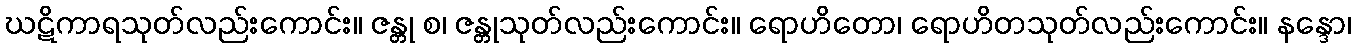
ဃဋိကာရသုတ်လည်းကောင်း။ ဇန္တု စ၊ ဇန္တုသုတ်လည်းကောင်း။ ရောဟိတော၊ ရောဟိတသုတ်လည်းကောင်း။ နန္ဒော၊